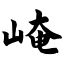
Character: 崦